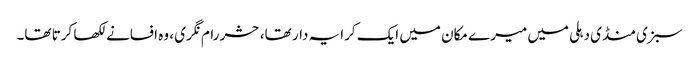
سبزی منڈی دہلی میں میرے مکان میں ایک کرایہ دار تھا، حشر رام نگری ، وہ افسانے لکھا کرتا تھا۔